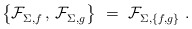
\begin{align*} \bigl\{ \mathcal{F}_{\Sigma,f}^{} \,,\, \mathcal{F}_{\Sigma,g}^{} \bigr\}~ =~\mathcal{F}_{\Sigma,\{f,g\}}^{}~. \end{align*}